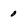
Character: o